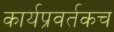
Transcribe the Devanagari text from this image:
कार्यप्रवर्तकच